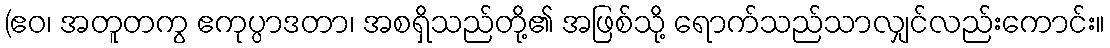
(ဧဝ၊ အတူတကွ ဧကုပ္ပာဒတာ၊ အစရှိသည်တို့၏ အဖြစ်သို့ ရောက်သည်သာလျှင်လည်းကောင်း။